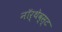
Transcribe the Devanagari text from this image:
नॉर्थेव्स्ट